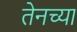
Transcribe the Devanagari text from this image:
तेनच्या